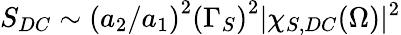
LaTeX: S_{DC}\sim\left(a_{2}/a_{1}\right)^{2}\left(\Gamma_{S}\right)^{2}|\chi_{S,DC}(\Omega)|^{2}